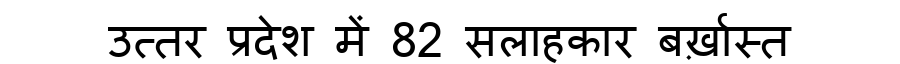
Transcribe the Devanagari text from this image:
उत्तर प्रदेश में 82 सलाहकार बर्ख़ास्त